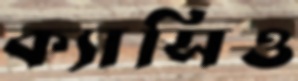
ক্যাসিও